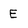
Character: E